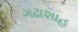
ગઢાશાહ